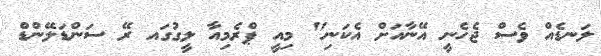
ލަނޑެއް ވެސް ޖެހެނީ އޭނާއަށް އެކަނި" މިއީ ޕްރެމިއާ ލީގުގައ ރޭ ސަންޑަލޭންޑް